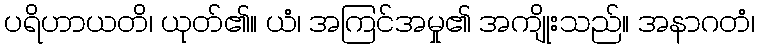
ပရိဟာယတိ၊ ယုတ်၏။ ယံ၊ အကြင်အမှု၏ အကျိုးသည်။ အနာဂတံ၊